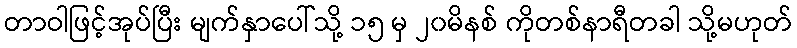
တာဝါဖြင့်အုပ်ပြီး မျက်နှာပေါ်သို့ ၁၅ မှ ၂၀မိနစ် ကိုတစ်နာရီတခါ သို့မဟုတ်